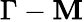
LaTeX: \Gamma-\mathbf{M}